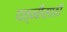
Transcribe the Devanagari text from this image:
पत्नीसाठी